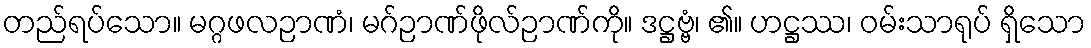
တည်ရပ်သော။ မဂ္ဂဖလဉာဏံ၊ မဂ်ဉာဏ်ဖိုလ်ဉာဏ်ကို။ ဒဋ္ဌဗ္ဗံ၊ ၏။ ဟဋ္ဌဿ၊ ဝမ်းသာရုပ် ရှိသော